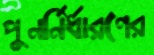
পুনর্নির্ধারণের